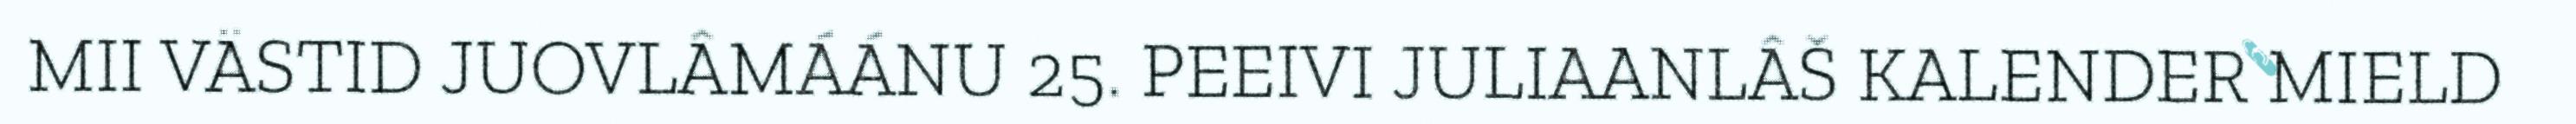
MII VÄSTID JUOVLÂMÁÁNU 25. PEEIVI JULIAANLÂŠ KALENDER MIELD